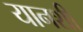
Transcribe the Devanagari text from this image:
यानशी